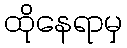
ထိုနေရာမှ